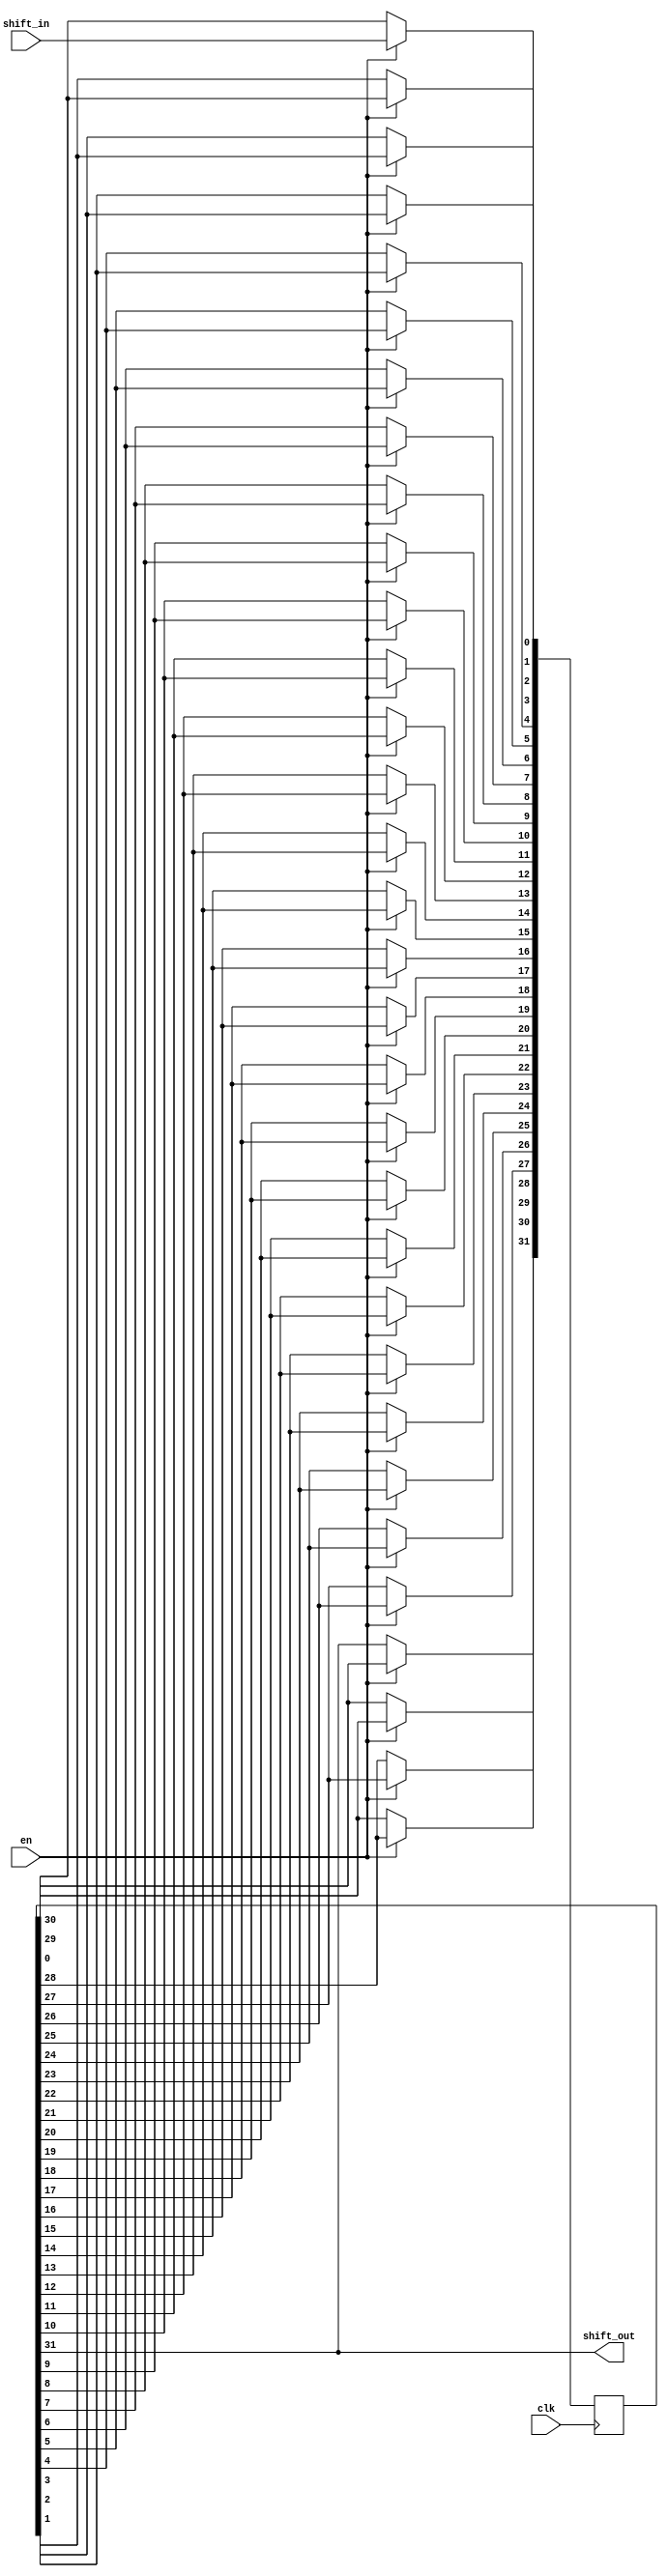
`timescale 1ns / 1ps
//////////////////////////////////////////////////////////////////////////////////
// 32 bit Shift Register, rising edge clock triggered, enable 
//////////////////////////////////////////////////////////////////////////////////

module Shift_Register(
    input clk, en, shift_in,
    output shift_out
);


    parameter WIDTH = 32;
    reg [WIDTH-1:0] shreg;
    integer i;
    
always @(posedge clk)
    begin
    if (en)
        begin
            for (i = 0; i < WIDTH-1; i = i+1)
                shreg[i+1] <= shreg[i];
                shreg[0] <= shift_in;
            end
        end
    assign shift_out = shreg[WIDTH-1];

endmodule